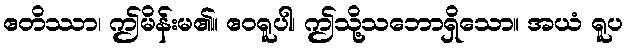
ဧတိဿာ၊ ဤမိန်းမ၏။ ဧဝရူပါ၊ ဤသို့သဘောရှိသော။ အယံ ရူပ